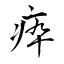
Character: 疩